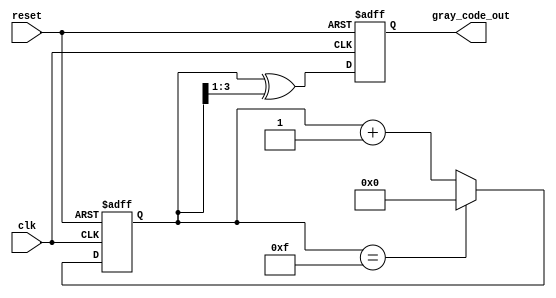
module gray_code_counter #(
    parameter n = 4  // Configurable bit width
)(
    input wire clk,       // Clock signal
    input wire reset,     // Active low reset signal
    output reg [n-1:0] gray_code_out // n-bit Gray code output
);

    reg [n-1:0] binary_count; // Internal register for binary count

    // Binary to Gray code conversion
    function [n-1:0] binary_to_gray;
        input [n-1:0] binary;
        begin
            binary_to_gray = binary ^ (binary >> 1);
        end
    endfunction

    // Always block for counting and Gray code generation
    always @(posedge clk or negedge reset) begin
        if (!reset) begin
            // Reset condition
            binary_count <= 0;
            gray_code_out <= 0;
        end else begin
            // Increment binary count
            if (binary_count == (1 << n) - 1) begin
                binary_count <= 0; // Wrap around
            end else begin
                binary_count <= binary_count + 1;
            end
            
            // Convert binary count to Gray code
            gray_code_out <= binary_to_gray(binary_count);
        end
    end

endmodule